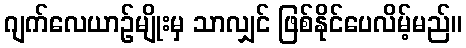
ဂျက်လေယာဉ်မျိုးမှ သာလျှင် ဖြစ်နိုင်ပေလိမ့်မည်။